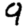
Digit: 9